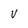
Character: V